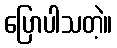
ပြောပါသတဲ့။